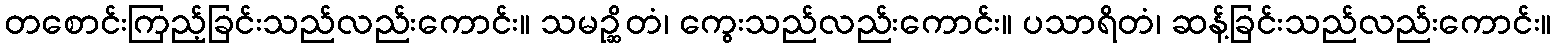
တစောင်းကြည့်ခြင်းသည်လည်းကောင်း။ သမဉ္ဆိတံ၊ ကွေးသည်လည်းကောင်း။ ပသာရိတံ၊ ဆန့်ခြင်းသည်လည်းကောင်း။